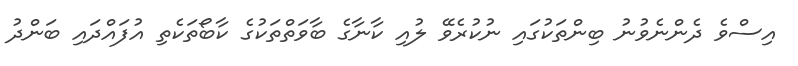
އިސްވެ ދެންނެވުނު ބިންތަކުގައި ނުކުރެވޭ ލުއި ކާނާގެ ބާވަތްތަކުގެ ކާބޯތަކެތި އުފައްދައި ބަންދު